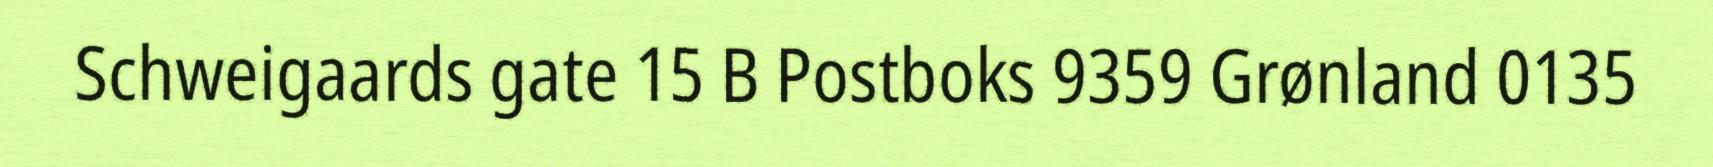
Schweigaards gate 15 B Postboks 9359 Grønland 0135